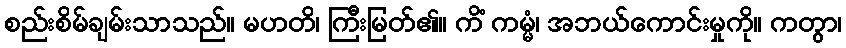
စည်းစိမ်ချမ်းသာသည်။ မဟတိ၊ ကြီးမြတ်၏။ ကိံ ကမ္မံ၊ အဘယ်ကောင်းမှုကို။ ကတွာ၊